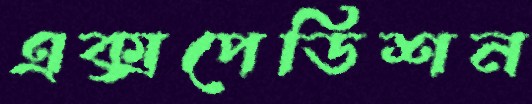
এক্সপেডিশন